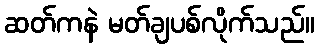
ဆတ်ကနဲ မတ်ချပစ်လိုက်သည်။